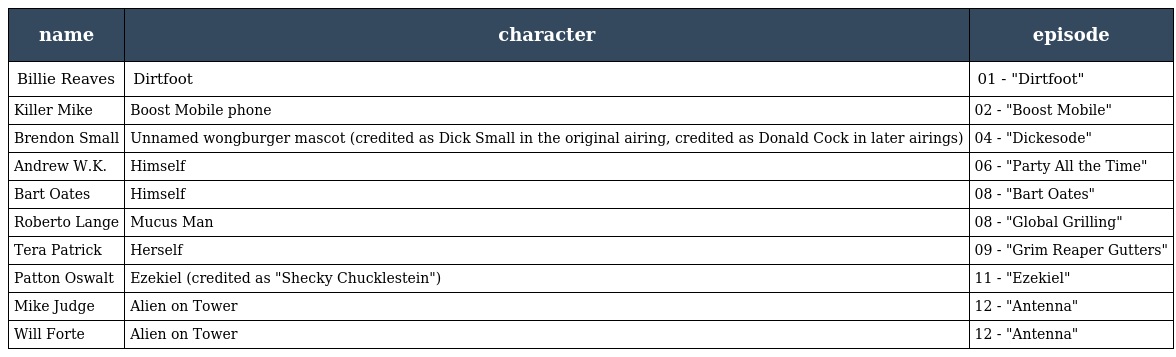
| name | character | episode |
 | --- | --- | --- |
 | Billie Reaves | Dirtfoot | 01 - "Dirtfoot" |
 | Killer Mike | Boost Mobile phone | 02 - "Boost Mobile" |
 | Brendon Small | Unnamed wongburger mascot (credited as Dick Small in the original airing, credited as Donald Cock in later airings) | 04 - "Dickesode" |
 | Andrew W.K. | Himself | 06 - "Party All the Time" |
 | Bart Oates | Himself | 08 - "Bart Oates" |
 | Roberto Lange | Mucus Man | 08 - "Global Grilling" |
 | Tera Patrick | Herself | 09 - "Grim Reaper Gutters" |
 | Patton Oswalt | Ezekiel (credited as "Shecky Chucklestein") | 11 - "Ezekiel" |
 | Mike Judge | Alien on Tower | 12 - "Antenna" |
 | Will Forte | Alien on Tower | 12 - "Antenna" |